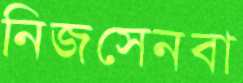
নিজসেনবা